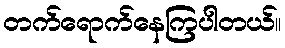
တက်ရောက်နေကြပါတယ်။